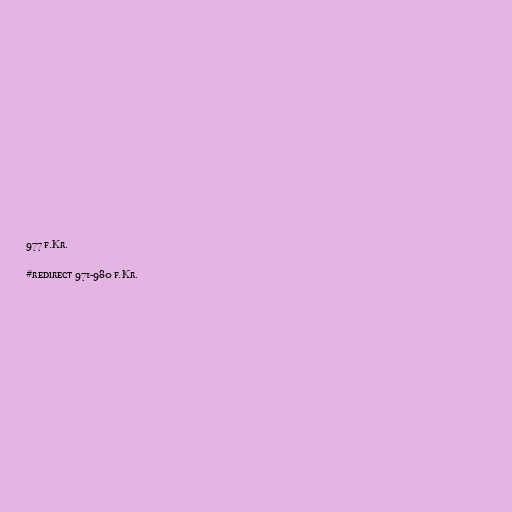
977 f.Kr.

#redirect 971-980 f.Kr.